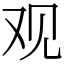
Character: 观